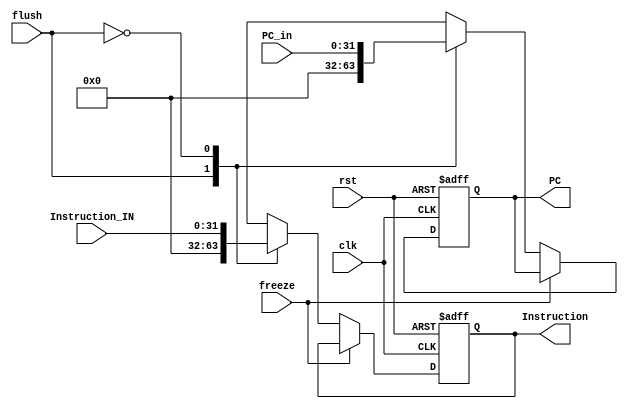
module IF_Stage_reg( input clk,rst,freeze,flush, input[31:0] PC_in, Instruction_IN, output reg[31:0] PC, Instruction);
  always @ (posedge clk, posedge rst) begin
    if (rst) begin
      PC <= 0;
      Instruction <= 0;
    end
    else begin
      if (~freeze) begin
        case(flush)
        1'b1: begin
          Instruction <= 0;
          PC <= 0;
        end
        1'b0: begin
          Instruction <= Instruction_IN;
          PC <= PC_in;
        end
      endcase
      end
    end
  end

endmodule